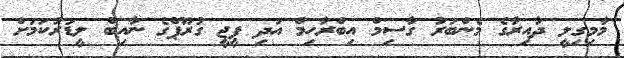
މާމިގިލީ ދާއިރާގެ މެންބަރު ގާސިމް އިބްރާހިމް އަދި ޕީޖީ ގުރޫޕްގެ ނާއިބް ލީޑަރުކަމަށް